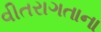
વીતરાગતાના